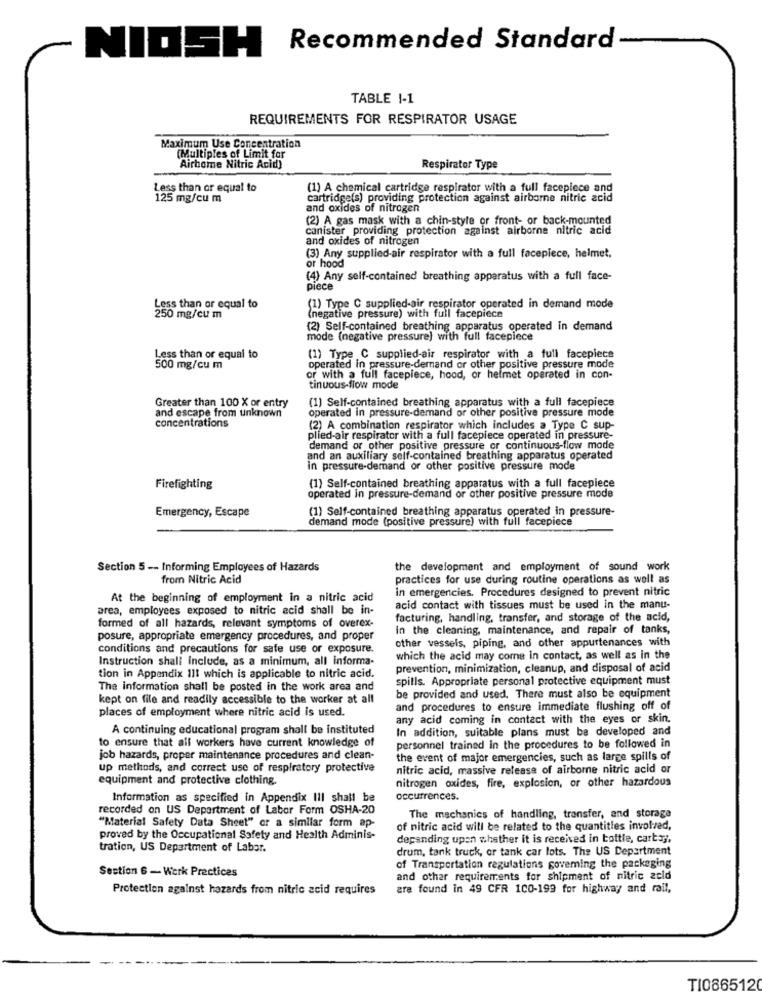
Recommended Standard
NIOSH
TABLE 1-1
REQUIREMENTS FOR RESPIRATOR USAGE
Maximum Use Concentration
(Multiples of Limit for
Airhome Nitric Acid)
Respirator Type
Less than or equal to
(1) A chemical cartridge respirator with a full facepiece and
125 mg/cu m
cartridge(s) providing protection against airborne nitric acid
and oxides of nitrogen
(2) A gas mask with a chin-style or front- or back-mounted
canister providing protection against airborne nitric acid
and oxides of nitrogen
(3) Any supplied-air respirator with a full facepiece, helmet.
or hood
(4) Any self-contained breathing apparatus with a full face-
piece
Less than or equal to
(1) Type C supplied-air respirator operated in demand mode
250 mg/cu m
(negative pressure) with full facepiece
(2) Self-contained breathing apparatus operated in demand
mode (negative pressure) with full facepiece
Less than or equal to
(1) Type C supplied-air respirator with a full facepiece
500 mg/cu m
operated in pressure-demand or other positive pressure mode
or with a full facepiece, hood, or helmet operated in con-
tinuous-flow mode
Greater than 100 X or entry
(1) Self-contained breathing apparatus with a full facepiece
and escape from unknown
operated in pressure-demand or other positive pressure mode
concentrations
(2) A combination respirator which includes a Type C sup-
plied-air respirator with a full facepiece operated in pressure-
demand or other positive pressure or continuous-flow mode
and an auxiliary self-contained breathing apparatus operated
in pressure-demand or other positive pressure mode
Firefighting
(1) Self-contained breathing apparatus with a full facepiece
operated in pressure-demand or other positive pressure mode
Emergency, Escape
(1) Self-contained breathing apparatus operated in pressure-
demand mode (positive pressure) with full facepiece
Section 5 -- Informing Employees of Hazards
the development and employment of sound work
from Nitric Acid
practices for use during routine operations as well as
in emergencies. Procedures designed to prevent nitric
At the beginning of employment in a nitric acid
area, employees exposed to nitric acid shall be in-
acid contact with tissues must be used in the manu-
formed of all hazards, relevant symptoms of overex-
facturing, handling, transfer, and storage of the acid,
in the cleaning, maintenance, and repair of tanks,
posure, appropriate emergency procedures, and proper
other vessels, piping, and other appurtenances with
conditions and precautions for safe use or exposure.
Instruction shall include, as a minimum, all informa-
which the acid may come in contact, as well as in the
prevention, minimization, cleanup, and disposal of acid
tion in Appendix 111 which is applicable to nitric acid.
spills. Appropriate personal protective equipment must
The information shall be posted in the work area and
kept on file and readily accessible to the worker at all
be provided and used. There must also be equipment
and procedures to ensure immediate flushing off of
places of employment where nitric acid is used.
any acid coming in contact with the eyes or skin.
A continuing educational program shall be instituted
In addition, suitable plans must be developed and
to ensure that aif workers have current knowledge of
personnel trained in the procedures to be followed in
job hazards, proper maintenance procedures and clean-
the event of major emergencies, such as large spills of
up methods, and correct use of respiratory protective
nitric acid, massive release of airborne nitric acid or
equipment and protective clothing.
nitrogen oxides, fire, explosion, or other hazardous
Information as specified in Appendix IlI shall be
occurrences.
recorded on US Department of Labor Form OSHA-20
"Material Safety Data Sheet" or a similar form ap-
The mechanics of handling, transfer, and storage
of nitric acid will be related to the quantities involved,
proved by the Occupational Safety and Health Adminis-
depending upon whether it is received in bottle, carta ;,
tration, US Department of Labor.
drum, tank truck, or tank car lots. The US Department
Section 6 - Werk Practices
of Transportation regulations governing the packaging
and other requirements for shipment of nitric acid
Protection against hazards from nitric acid requires
are found in 49 CFR 100-199 for highway and rail,
TI0865120